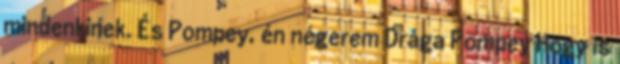
mindenkinek. És Pompey, én négerem Drága Pompey Hogy is